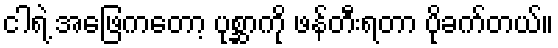
ငါရဲ့ အဖြေကတော့ ပုစ္ဆာကို ဖန်တီးရတာ ပိုခက်တယ်။